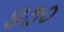
૪૭૦